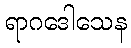
ရာဂဒေါသေန